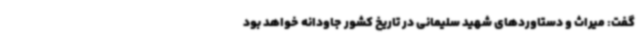
گفت: میراث و دستاوردهای شهید سلیمانی در تاریخ کشور جاودانه خواهد بود